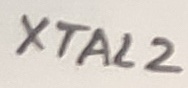
Text: XTAL2